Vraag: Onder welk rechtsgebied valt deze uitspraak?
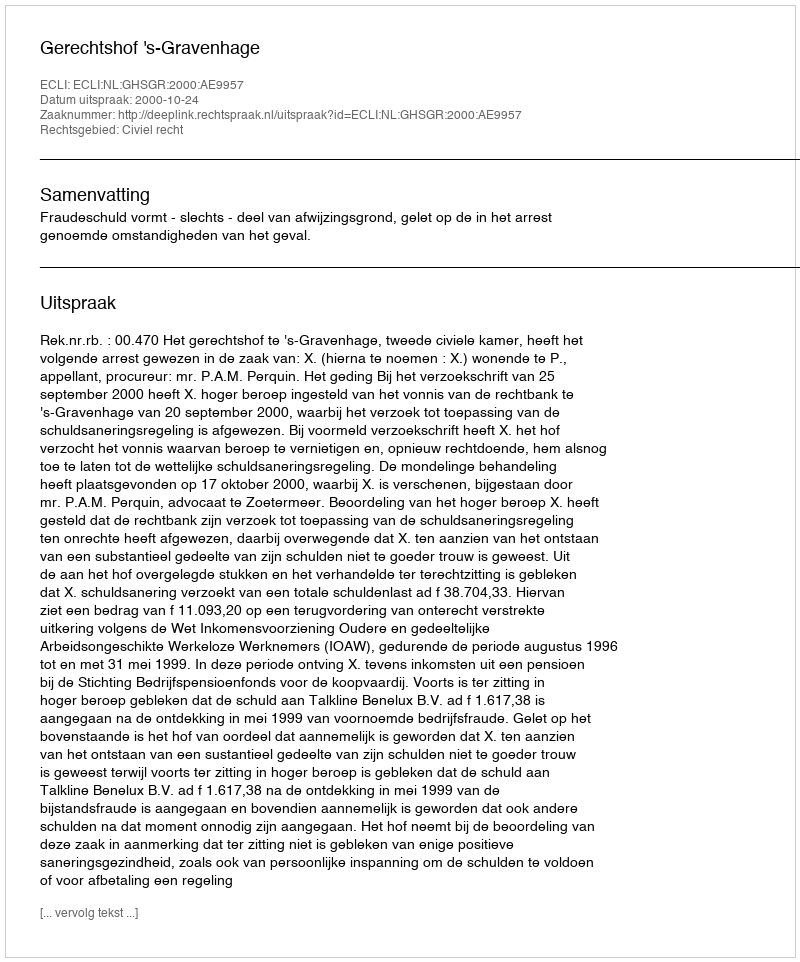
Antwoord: Civiel recht